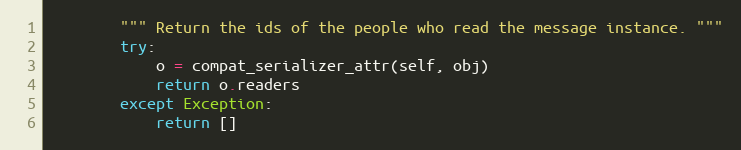
Language: Python
        """ Return the ids of the people who read the message instance. """
        try:
            o = compat_serializer_attr(self, obj)
            return o.readers
        except Exception:
            return []